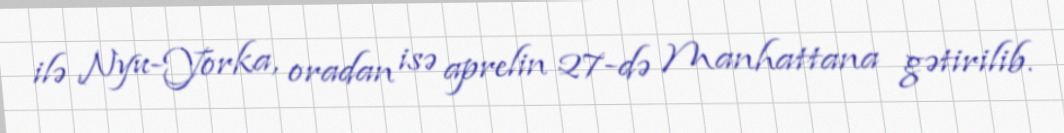
ilə Nyu-Yorka, oradan isə aprelin 27-də Manhattana gətirilib.